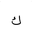
Letter: _kaf